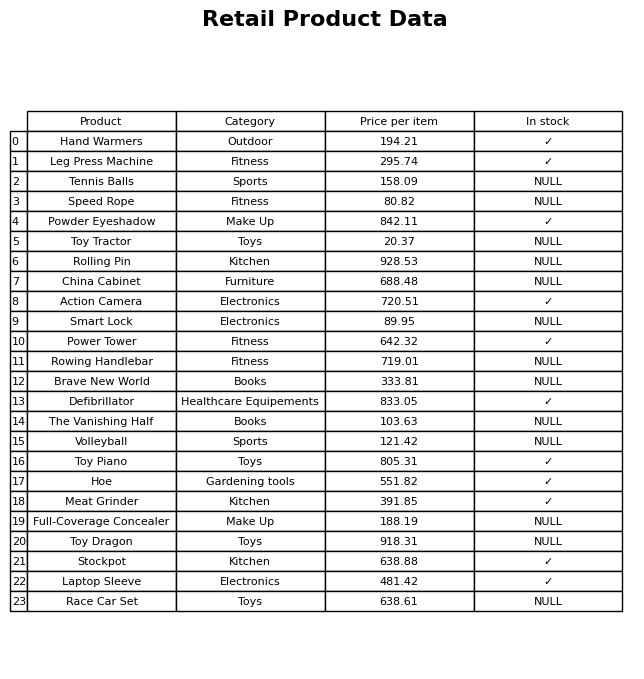
question: What is the price of the Rowing Handlebar?
answer: The price of Rowing Handlebar is 719.01.